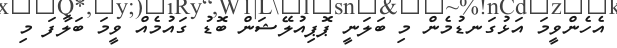
އެހެންވީމަ އަޅުގަނޑުމެން މި ބަލަނީ ޕޮޕިއުލޭޝަން ބޮޑު ގައުމެއް ވީމަ ބަލާފަ މި